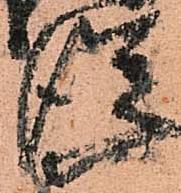
従